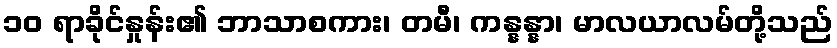
၁၀ ရာခိုင်နှုန်း၏ ဘာသာစကား၊ တမီ၊ ကန္နန္နာ၊ မာလယာလမ်တို့သည်